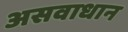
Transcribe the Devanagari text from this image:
असवाधान